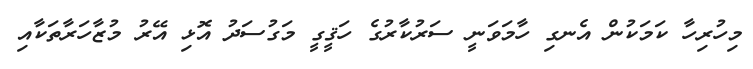
މިހުރިހާ ކަމަކުން އެނގި ހާމަވަނީ ސަރުކާރުގެ ހަޤީގީ މަގުސަދު އޮޅި އޭރު މުޒާހަރާތަކާއި